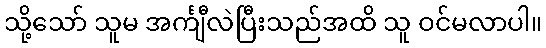
သို့သော် သူမ အင်္ကျီလဲပြီးသည်အထိ သူ ဝင်မလာပါ။